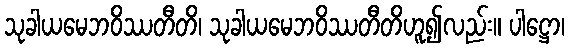
သုခါယမေဘဝိဿတီတိ၊ သုခါယမေဘဝိဿတီတိဟူ၍လည်း။ ပါဋ္ဌော၊